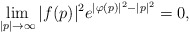
\begin{align*}\lim\limits_{|p|\rightarrow \infty}|f(p)|^2e^{|\varphi(p)|^2-|p|^2}=0, \end{align*}